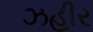
ઝહીર